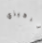
تركيزي